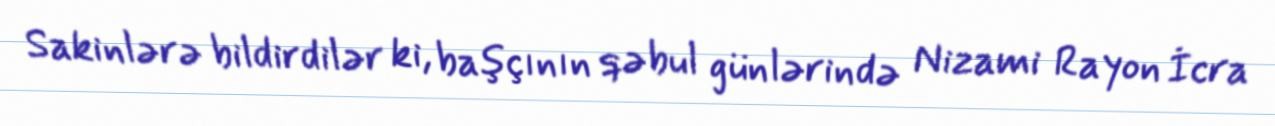
Sakinlərə bildirdilər ki, başçının qəbul günlərində Nizami Rayon İcra